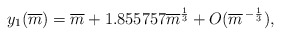
\begin{align*}y_1 (\overline{m}) = \overline{m}+ 1.855757\overline{m}^{1\over 3} + O(\overline{m}\, ^{- {1\over 3}}),\end{align*}